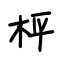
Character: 枰